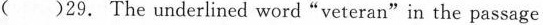
( )29. The underlined word "veteran"in the passage